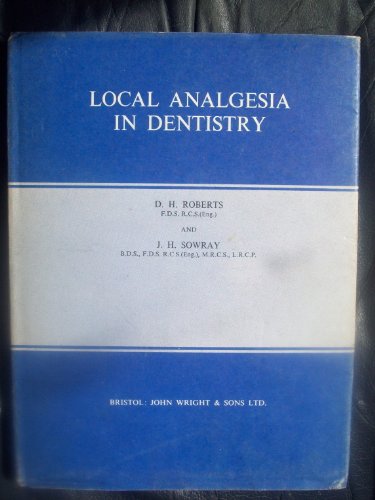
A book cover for Local Analgesia in Dentistry; D.H. Roberts; Medical Books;